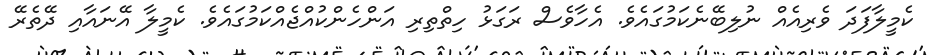
ކެމީލާފަދަ ވެރިއެއް ނުލިބޭނެކަމުގައެވެ. އެހާވެސް ރަގަޅު ހިތްތިރި އަންހެންކުއްޖެއްކަމުގައެވެ. ކެމީލާ އޭނައާއި ދޭތެރޭ